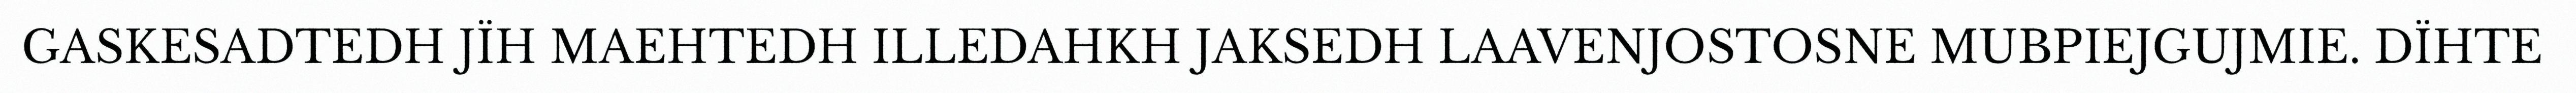
GASKESADTEDH JÏH MAEHTEDH ILLEDAHKH JAKSEDH LAAVENJOSTOSNE MUBPIEJGUJMIE. DÏHTE